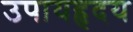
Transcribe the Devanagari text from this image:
उपायहृदय